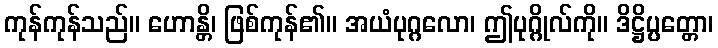
ကုန်ကုန်သည်။ ဟောန္တိ၊ ဖြစ်ကုန်၏။ အယံပုဂ္ဂလော၊ ဤပုဂ္ဂိုလ်ကို။ ဒိဋ္ဌိပ္ပတ္တော၊